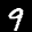
Label: 9